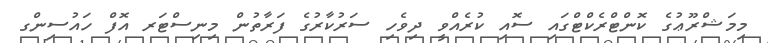
މިމަޝްރޫޢުގެ ކޮންޓްރެކްޓްގައި ސޮއި ކުރެއްވީ ދިވެހި ސަރުކާރުގެ ފަރާތުން މިނިސްޓަރ އޮފް ހައުސިންގ